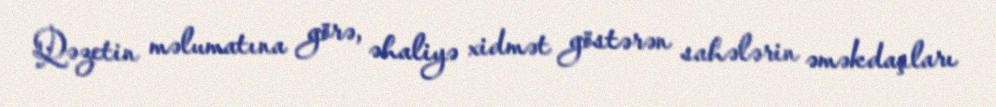
Qəzetin məlumatına görə, əhaliyə xidmət göstərən sahələrin əməkdaşları